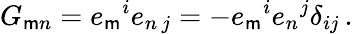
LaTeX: G_{\mathsf{m}n}=e_{\mathsf{m}}{}^{i}e_{n\, j}=-e_{\mathsf{m}}{}^{i}e_{n}{}^{j}\delta_{ij}\, .